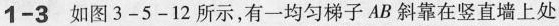
1-3 如图3-5-12所示，有一均匀梯子AB斜靠在竖直墙上处